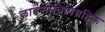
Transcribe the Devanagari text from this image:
लाटसांधिविग्रहिक